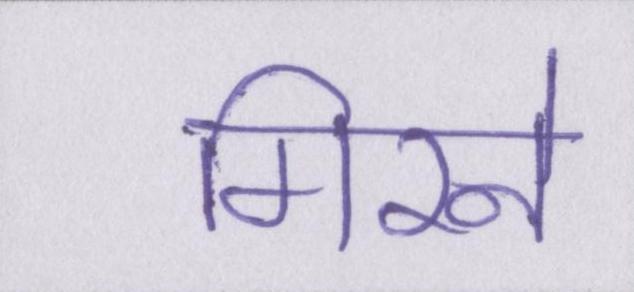
गिरने